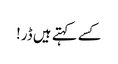
کسے کہتے ہیں ڈر!